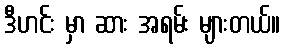
ဒီဟင်း မှာ ဆား အရမ်း များတယ်။